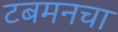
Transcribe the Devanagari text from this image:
टबमनचा